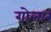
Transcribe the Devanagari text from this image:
गोलार